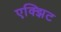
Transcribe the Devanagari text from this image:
एक्झिट